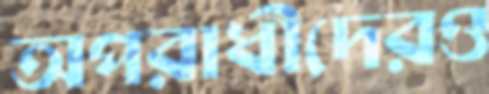
অপরাধীদেরও